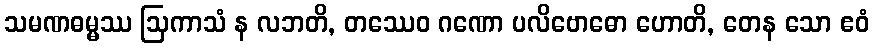
သမဏဓမ္မဿ ဩကာသံ န လဘတိ, တဿေဝ ဂဏော ပလိဗောဓော ဟောတိ, တေန သော ဧဝံ